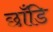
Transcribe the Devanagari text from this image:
छाँडि